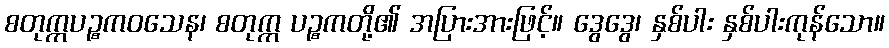
စတုက္ကပဉ္စကဝသေန၊ စတုက္က ပဉ္စကတို့၏ အပြားအားဖြင့်။ ဒွေဒွေ၊ နှစ်ပါး နှစ်ပါးကုန်သော။